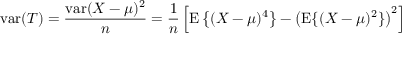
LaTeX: \operatorname { v a r } ( T ) = { \frac { \operatorname { v a r } ( X - \mu ) ^ { 2 } } { n } } = { \frac { 1 } { n } } \left[ \operatorname { E } \left\{ ( X - \mu ) ^ { 4 } \right\} - \left( \operatorname { E } \{ ( X - \mu ) ^ { 2 } \} \right) ^ { 2 } \right]